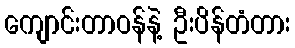
ကျောင်းတာဝန်နဲ့ ဦးပိန်တံတား